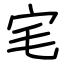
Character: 宒